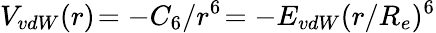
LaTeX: V_{vdW}(r)\! =-C_{6}/r^{6}\! =-E_{vdW}(r/R_{e})^{6}